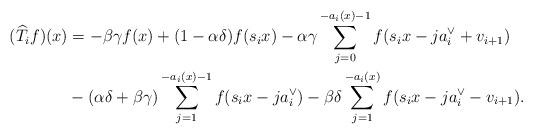
LaTeX: \begin{align*}(\widehat{T}_{i}f)(x)&=-\beta\gamma f(x)+(1-\alpha\delta)f(s_{i}x)-\alpha\gamma\sum_{j=0}^{-a_{i}(x)-1}f(s_{i}x-ja^{\vee}_{i}+v_{i+1}) \\ &-(\alpha\delta+\beta\gamma)\sum_{j=1}^{-a_{i}(x)-1}f(s_{i}x-ja^{\vee}_{i})-\beta\delta\sum_{j=1}^{-a_{i}(x)}f(s_{i}x-ja^{\vee}_{i}-v_{i+1}). \end{align*}